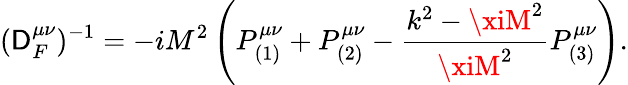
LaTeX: (\mathsf{D}_{F}^{\mu\nu})^{-1}=-iM^{2}\left(P_{(1)}^{\mu\nu}+P_{(2)}^{\mu\nu}-\frac{{k^{2}-\xiM^{2}}}{{\xiM^{2}}}P_{(3)}^{\mu\nu}\right).